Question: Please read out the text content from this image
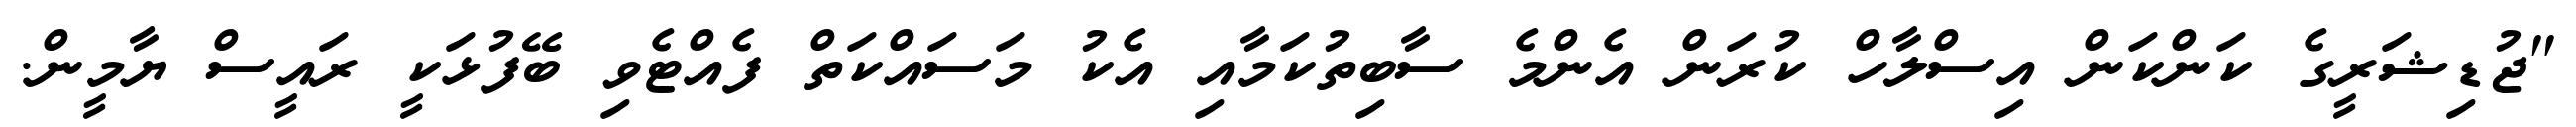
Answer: "ޖުޑިޝަރީގެ ކަންކަން އިސްލާހް ކުރަން އެންމެ ސާބިތުކަމާއި އެކު މަސައްކަތް ފެއްޓެވި ބޭފުޅަކީ ރައީސް ޔާމީން.